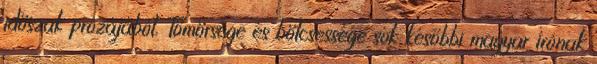
időszak prózájából. Tömörsége és bölcsessége sok későbbi magyar írónak